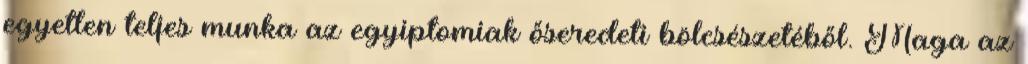
egyetlen teljes munka az egyiptomiak őseredeti bölcsészetéből. Maga az